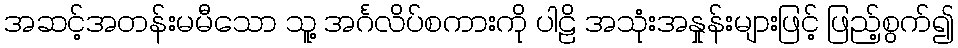
အဆင့်အတန်းမမီသော သူ့ အင်္ဂလိပ်စကားကို ပါဠိ အသုံးအနှုန်းများဖြင့် ဖြည့်စွက်၍